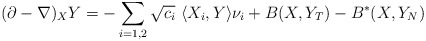
\begin{align*}(\partial-\nabla)_XY= -\sum_{i=1,2}\sqrt{c_i}\ \langle X_i , Y \rangle \nu_i +B(X,Y_T)-B^*(X,Y_N)\end{align*}